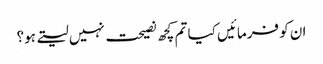
ان کو فرمائیں کیا تم کچھ نصیحت نہیں لیتے ہو؟